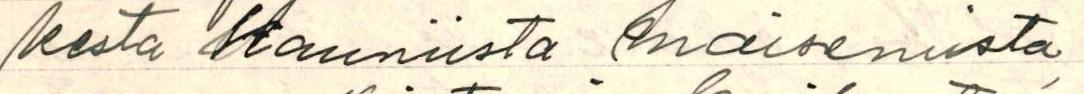
kesta Kauniista maisemista,